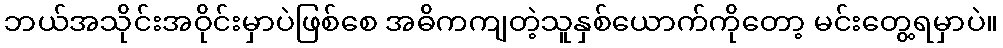
ဘယ်အသိုင်းအဝိုင်းမှာပဲဖြစ်စေ အဓိကကျတဲ့သူနှစ်ယောက်ကိုတော့ မင်းတွေ့ရမှာပဲ။